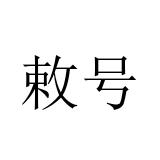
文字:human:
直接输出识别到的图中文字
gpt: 敕号